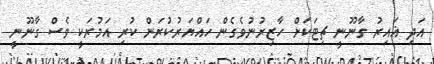
އަދި ޣައިރު ގާނޫނީ ޗިޓަކަށް ހާޒިރުނުވެގެން ހައްޔަރުކުރަން ކުރި އަމުރަކީ ވެސް ގާނޫނީ